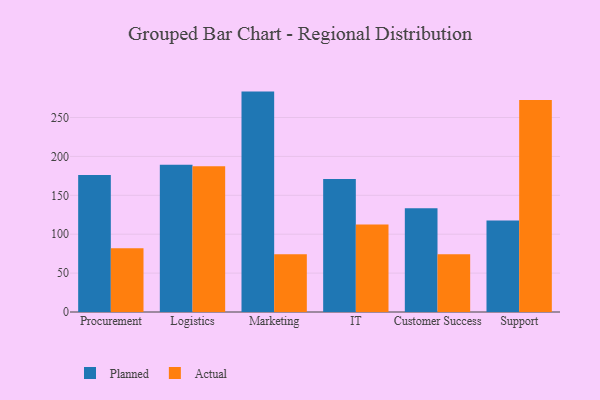
{"axis": {"x": "Department", "y": "Shipments"}, "legend": ["Actual", "Planned"], "data": [{"x": "Procurement", "y": 176.2, "type": "Planned"}, {"x": "Procurement", "y": 82.1, "type": "Actual"}, {"x": "Logistics", "y": 189.2, "type": "Planned"}, {"x": "Logistics", "y": 187.3, "type": "Actual"}, {"x": "Marketing", "y": 283.3, "type": "Planned"}, {"x": "Marketing", "y": 74.3, "type": "Actual"}, {"x": "IT", "y": 170.9, "type": "Planned"}, {"x": "IT", "y": 112.5, "type": "Actual"}, {"x": "Customer Success", "y": 133.2, "type": "Planned"}, {"x": "Customer Success", "y": 74.1, "type": "Actual"}, {"x": "Support", "y": 117.7, "type": "Planned"}, {"x": "Support", "y": 272.5, "type": "Actual"}]}